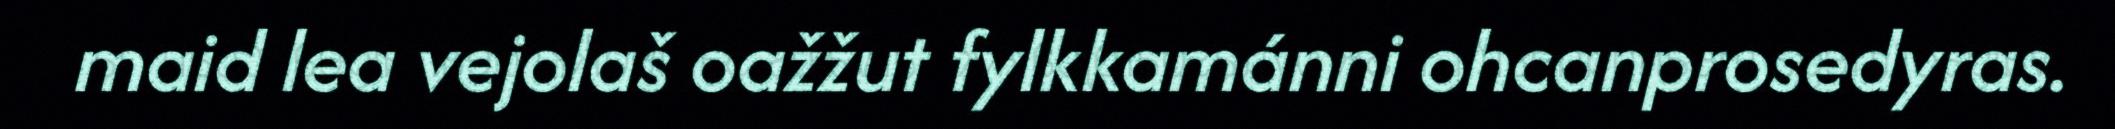
maid lea vejolaš oažžut fylkkamánni ohcanprosedyras.